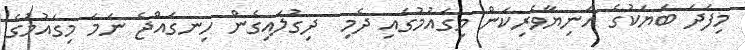
މިފަދަ ބަޔަކުގެ އަނިޔާވެރިކަން މިގައުމުގައި ދެމި  ދިގުލައިގެން ހިނގައްޖެ ނަމަ މިގައުމުގެ